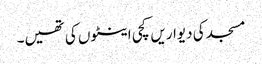
مسجد کی دیواریں کچی اینٹوں کی تھیں۔